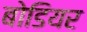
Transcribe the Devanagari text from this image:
बोडियर